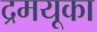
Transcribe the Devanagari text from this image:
द्रमयूका